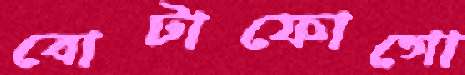
বোটাফোগো